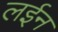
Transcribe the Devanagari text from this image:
लईन